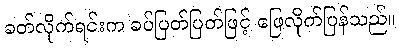
ခတ်လိုက်ရင်းက ခပ်ပြတ်ပြတ်ဖြင့် ဖြေလိုက်ပြန်သည်။